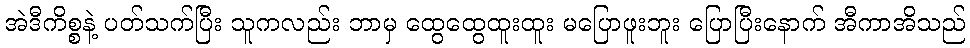
အဲဒီကိစ္စနဲ့ ပတ်သက်ပြီး သူကလည်း ဘာမှ ထွေထွေထူးထူး မပြောဖူးဘူး ပြောပြီးနောက် အီကာအိသည်